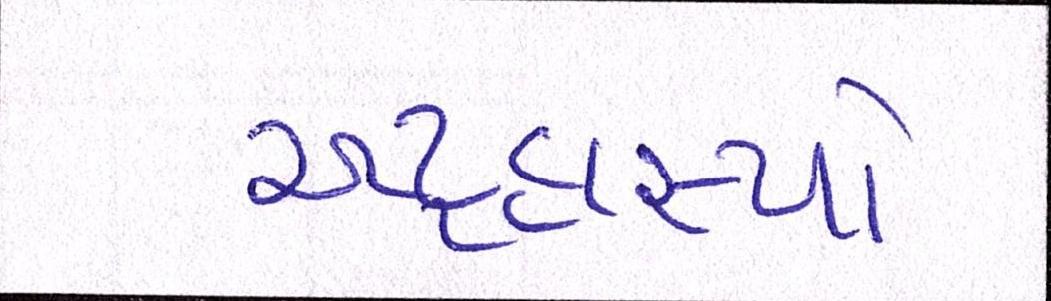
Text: અટ્ટહાસ્યો